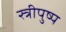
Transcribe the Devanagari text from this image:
स्त्रीपुष्प